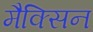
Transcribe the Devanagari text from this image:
मैक्सिन